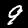
Label: 9